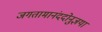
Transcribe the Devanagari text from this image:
जगतामानंददोनुज्ञया